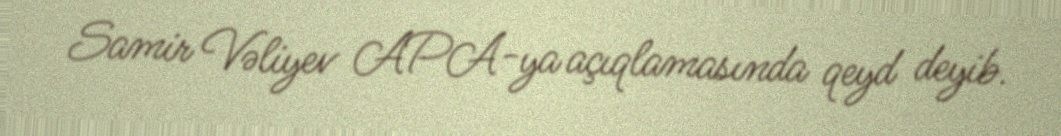
Samir Vəliyev APA-ya açıqlamasında qeyd deyib.